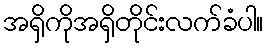
အရှိကိုအရှိတိုင်းလက်ခံပါ။